Lunatic asylums Punjab 1881-1894 - 1881-1894
Year: 1881
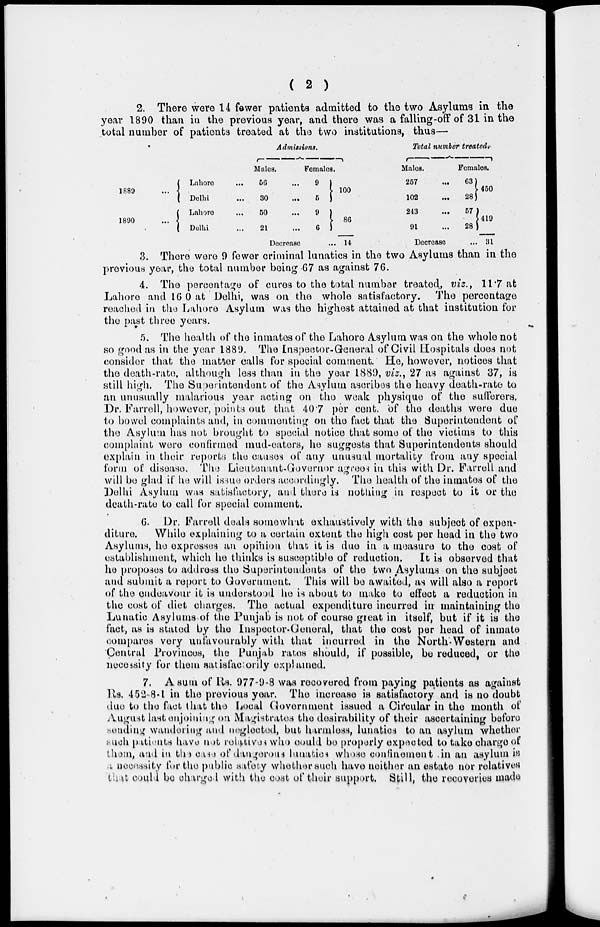
( 2 )
2. There were 14 fewer patients admitted to the two Asylums in the
year 1890 than in the previous year, and there was a falling-off of 31 in the
total number of patients treated at the two institutions, thus—
1889 ...
1890 ...
Labore
Delhi
Lahore
Delhi
Admissions.
Males.
50
30
50
21
Females
9
5
9
6
Decrease
100
80
14
Total number treated.
Males.
257
102
243
91
Females.
...
63
... 28
... 57
... 28
Decrease
460
419
31
3. There were 9 fewer criminal lunatics in the two Asylums than in the
previous year, the total number being 67 as against 76.
4. The percentage of cures to the total number treated, viz., 11.7 at
Lahore and 16.0 at Delhi, was on the whole satisfactory. The percentage
reached in the Lahore Asylum was the highest attained at that institution for
the past three years.
5. The health of the inmates of the Lahore Asylum was on the whole not
so good as in the year 1889. The Inspector-General of Civil Hospitals does not
consider that the matter calls for special comment. He, however, notices that
the death-rate, although less than in the year 1889, viz., 27 as against 37, is
still high. The Superintendent of the Asylum ascribes the heavy death-rate to
an unusually malarious year acting on the weak physique of the sufferers.
Dr. Farrell, however, points out that 40.7 per cent. of the deaths were due
to bowel complaints and, in commenting on the fact that the Superintendent of
the Asylum has not brought to special notice that some of the victims to this
complaint were confirmed mud-caters, he suggests that Superintendents should
explain in their reports the causes of any unusual mortality from any special
form of disease. The Lieutenant-Governor agrees in this with Dr. Farrell and
will be glad if he will issue orders accordingly. The health of the inmates of the
Delhi Asylum was satisfactory, and there is nothing in respect to it or the
death-rate to call for special comment.
6. Dr. Farrell deals somewhat exhaustively with the subject of expen-
diture.
While explaining to a certain extent the high cost per head in the two
Asylums, he expresses an opinion that it is due in a measure to the cost of
establishment, which he thinks is susceptible of reduction.
It is observed that
he proposes to address the Superintendents of the two Asylums on the subject
and submit a report to Government. This will be awaited, as will also a report
of the endeavour it is understood he is about to make to effect a reduction in
the cost of diet charges. The actual expenditure incurred in maintaining the
Lunatic Asylums of the Punjab is not of course great in itself, but if it is the
fact, as is stated by the Inspector-General, that the cost per head of inmate
compares very unfavourably with that incurred in the North-Western and
Central Provinces, the Punjab rates should, if possible, be reduced, or the
necessity for them satisfactorily explained.
7. A sum of Rs. 977-9-8 was recovered from paying patients as against
Rs. 452-8-1 in the previous year. The increase is satisfactory and is no doubt
due to the fact that the Local Government issued a Circular in the month of
August last enjoining on Magistrates the desirability of their ascertaining before
sending wandering and neglected, but harmless, lunatics to an asylum whether
such patients have not relatives who could be properly expected to take charge of
them, and in the case of dangerous lunatics whose confinement in an asylum is
a necessity for the public safety whether such have neither an estate nor relatives
that could be charged with the cost of their support. Still, the recoveries made